Leaving Certificate Examination, 1911
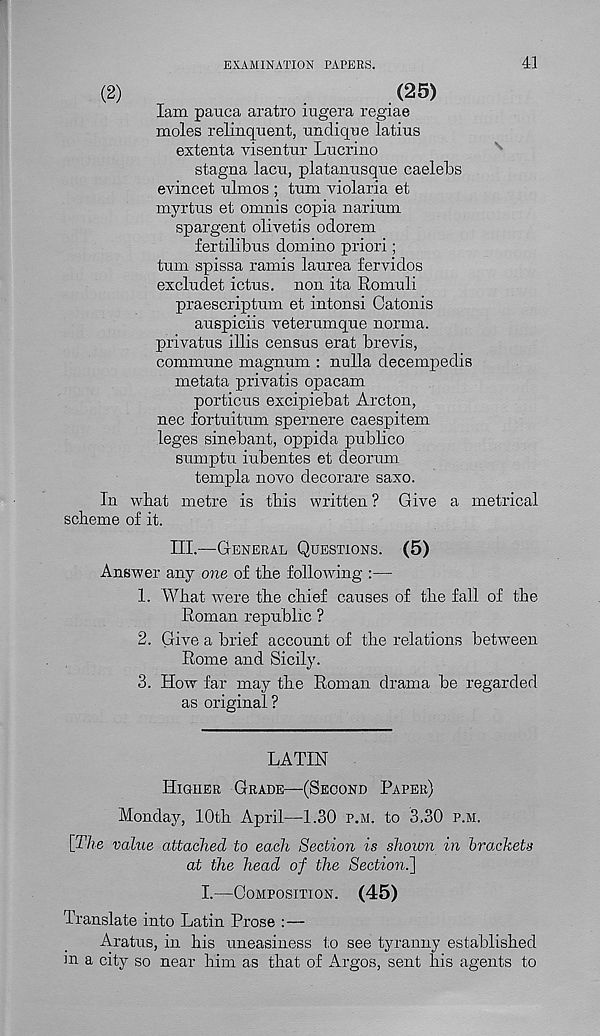
EXAMINATION PAPERS.
41
(2)
. (25)
lam pauca aratro iugera regiae
moles relmcpient, unclique latius
extenta visentur Lucrino
stagna lacu, platamisque caelebs
evincet ulmos ; turn viol aria et
myrtns et omnis copia naritim
spargent olivetis odorem
fertilibus domino priori;
trim spissa ramis lanrea fervidos
exclndet ictus, non ita Romuli
praescriptum et intonsi Catonis
auspiciis veterumque norma,
privatus illis census erat brevis,
commune magnum : nulla decempedis
metata privatis opacam
porticus excipiebat Arcton,
nec fortuitum spernere caespitem
leges sinebant, oppida publico
sumptu iubentes et deorum
templa novo clecorare saxo.
In wbat metre is this written ? Give a metrical
scheme of it.
III.—General Questions. (5)
Answer any one of the following :—
1. What were the chief causes of the fall of the
Roman republic ?
2. Give a brief account of the relations between
Rome and Sicily.
3. How far may the Roman drama be regarded
as original ?
LATIN
Higher Grade—(Second Paper)
Monday, 10th April—1.30 p.m. to 3.30 p.m.
[The value attached to each Section is shown in brackets
at the head of the Section.']
I.—Composition. (45)
Translate into Latin Prose :—
Aratus, in his uneasiness to see tyranny established
m a city so near him as that of Argos, sent his agents to